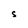
Character: S